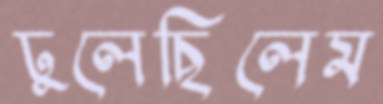
ঢুলেছিলেম